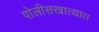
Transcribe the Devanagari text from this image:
पोलीसखात्यात